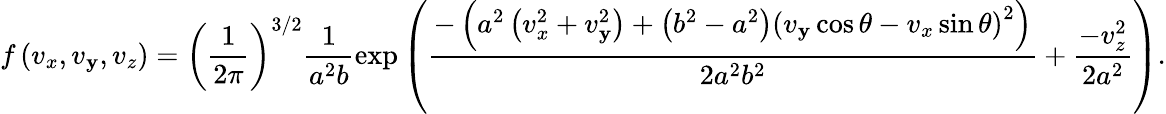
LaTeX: f\left(v_{x},v_{\mathbf{y}},v_{z}\right)=\left(\frac{{1}}{{2\pi}}\right)^{3/2}\frac{{1}}{{a^{2}b}}\exp\left(\frac{{-\left(a^{2}\left(v_{x}^{2}+v_{\mathbf{y}}^{2}\right)+\left(b^{2}-a^{2}\right)\left(v_{\mathbf{y}}\cos\theta-v_{x}\sin\theta\right)^{2}\right)}}{{2a^{2}b^{2}}}+\frac{{-v_{z}^{2}}}{{2a^{2}}}\right).